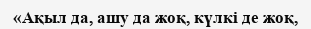
«Ақыл да, ашу да жоқ, күлкі де жоқ,